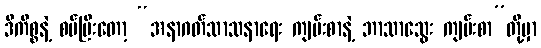
ဒီကိစ္စနဲ့ စပ်ပြီးတော့ “အနာဂတ်သာသနာရေး ကျမ်းစာနဲ့ ဘာသာသွေး ကျမ်းစာ”တို့မှာ